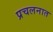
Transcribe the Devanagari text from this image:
प्रचलनात